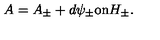
A = A _ { \pm } + d \psi _ { \pm } \mathrm { o n } H _ { \pm } .